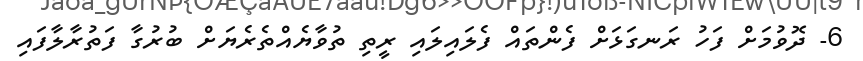
6- ދޮވުމަށް ފަހު ރަނގަޅަށް ފެންތައް ފެލައިލައި ރީތި ތުވާޔެއްތެރެޔަށް ބުރުގާ ފަތުރާލާފައި